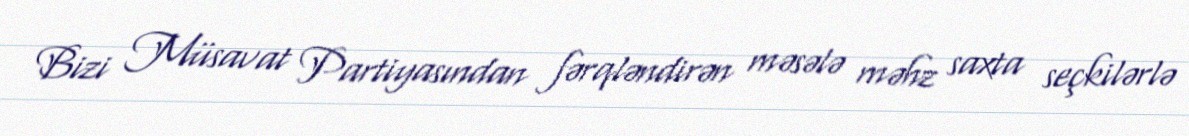
Bizi Müsavat Partiyasından fərqləndirən məsələ məhz saxta seçkilərlə